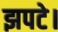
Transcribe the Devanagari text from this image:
झपटे।